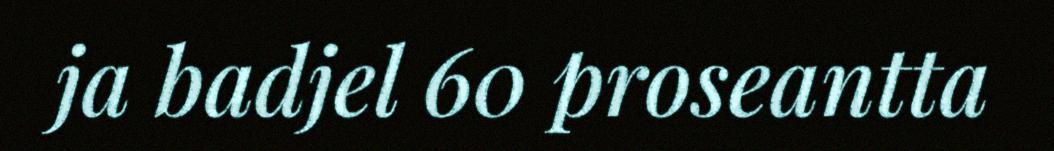
ja badjel 60 proseantta